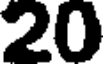
20